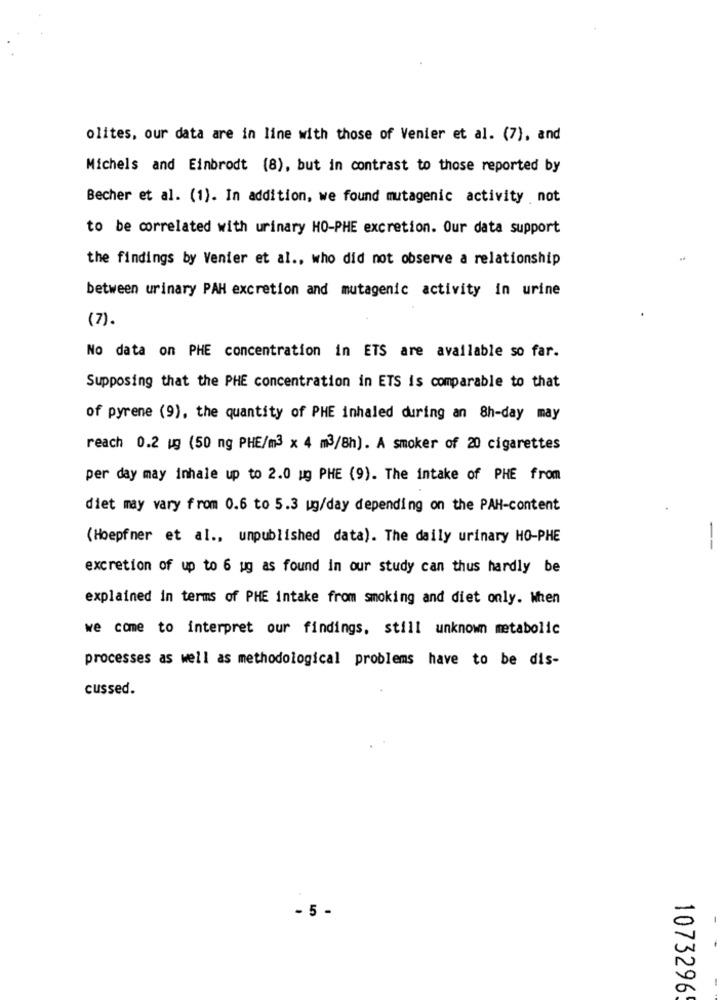
olites, our data are in line with those of Venier et al. (7), and
Michels and Einbrodt (8), but in contrast to those reported by
Becher et al. (1). In addition, we found mutagenic activity not
to be correlated with urinary HO-PHE excretion. Our data support
the findings by Venier et al ., who did not observe a relationship
between urinary PAH excretion and mutagenic activity in urine
(7).
No data on PHE concentration in ETS are available so far.
Supposing that the PHE concentration in ETS is comparable to that
of pyrene (9), the quantity of PHE inhaled during an 8h-day may
reach 0.2 ug (50 ng PHE/m3 x 4 m3/8h). A smoker of 20 cigarettes
per day may inhale up to 2.0 ug PHE (9). The intake of PHE from
diet may vary from 0.6 to 5.3 ug/day depending on the PAH-content
(Hoepfner et al ., unpublished data). The daily urinary HO-PHE
--
excretion of up to 6 ug as found in our study can thus hardly be
explained in terms of PHE intake from smoking and diet only. When
we come to interpret our findings, still unknown metabolic
processes as well as methodological problems have to be dis-
cussed.
- 5 -
1073296
-